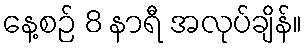
နေ့စဉ် 8 နာရီ အလုပ်ချိန်။